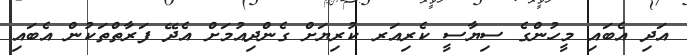
އަދި އެބައި މީހުންގެ ސިޔާސީ ކެރިއަރ ކުރިޔަށް ގެންދިއުމަށް އެދޭ ފަރާތްތަކުން އެބައި